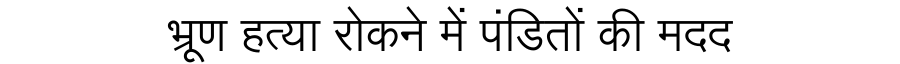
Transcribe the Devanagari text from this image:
भ्रूण हत्या रोकने में पंडितों की मदद